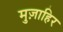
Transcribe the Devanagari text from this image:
मुज़ाहिर